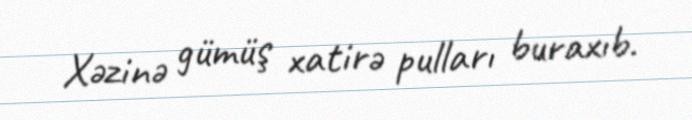
Xəzinə gümüş xatirə pulları buraxıb.